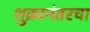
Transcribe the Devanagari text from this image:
शुक्रानंतरचा